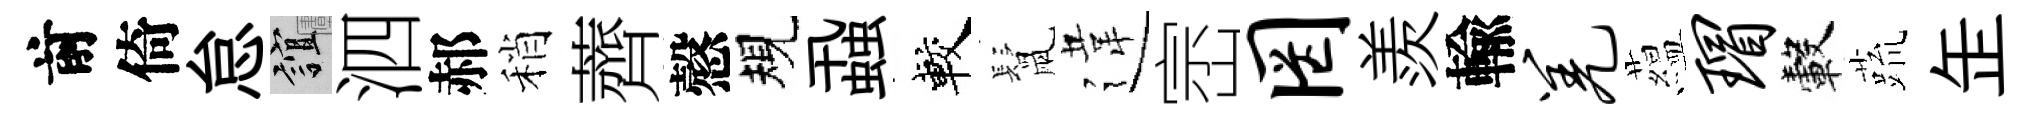
前倚怠誼泗郝稍薺慤規蝨較鬛違崈罔羨輸羌藴瑁轂蔬𦈢